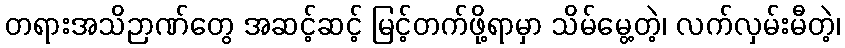
တရားအသိဉာဏ်တွေ အဆင့်ဆင့် မြင့်တက်ဖို့ရာမှာ သိမ်မွေ့တဲ့၊ လက်လှမ်းမီတဲ့၊